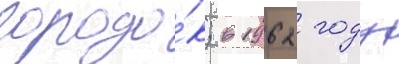
городо́к; в 1962 году